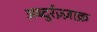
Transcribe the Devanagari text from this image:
अब्दुर्रज़्ज़ाक़